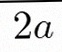
2a